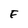
Character: F